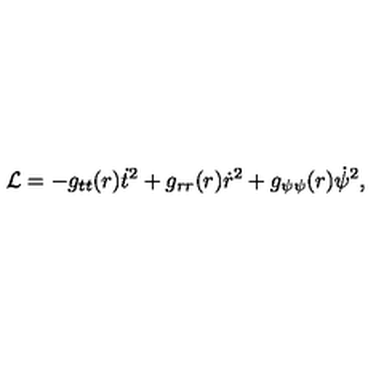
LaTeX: { \cal L } = - g _ { t t } ( r ) \dot { t } ^ { 2 } + g _ { r r } ( r ) \dot { r } ^ { 2 } + g _ { \psi \psi } ( r ) \dot { \psi } ^ { 2 } ,